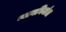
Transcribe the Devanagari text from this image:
न्यायनिर्माता